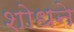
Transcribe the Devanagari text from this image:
शोधने